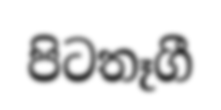
පිටතෑගී